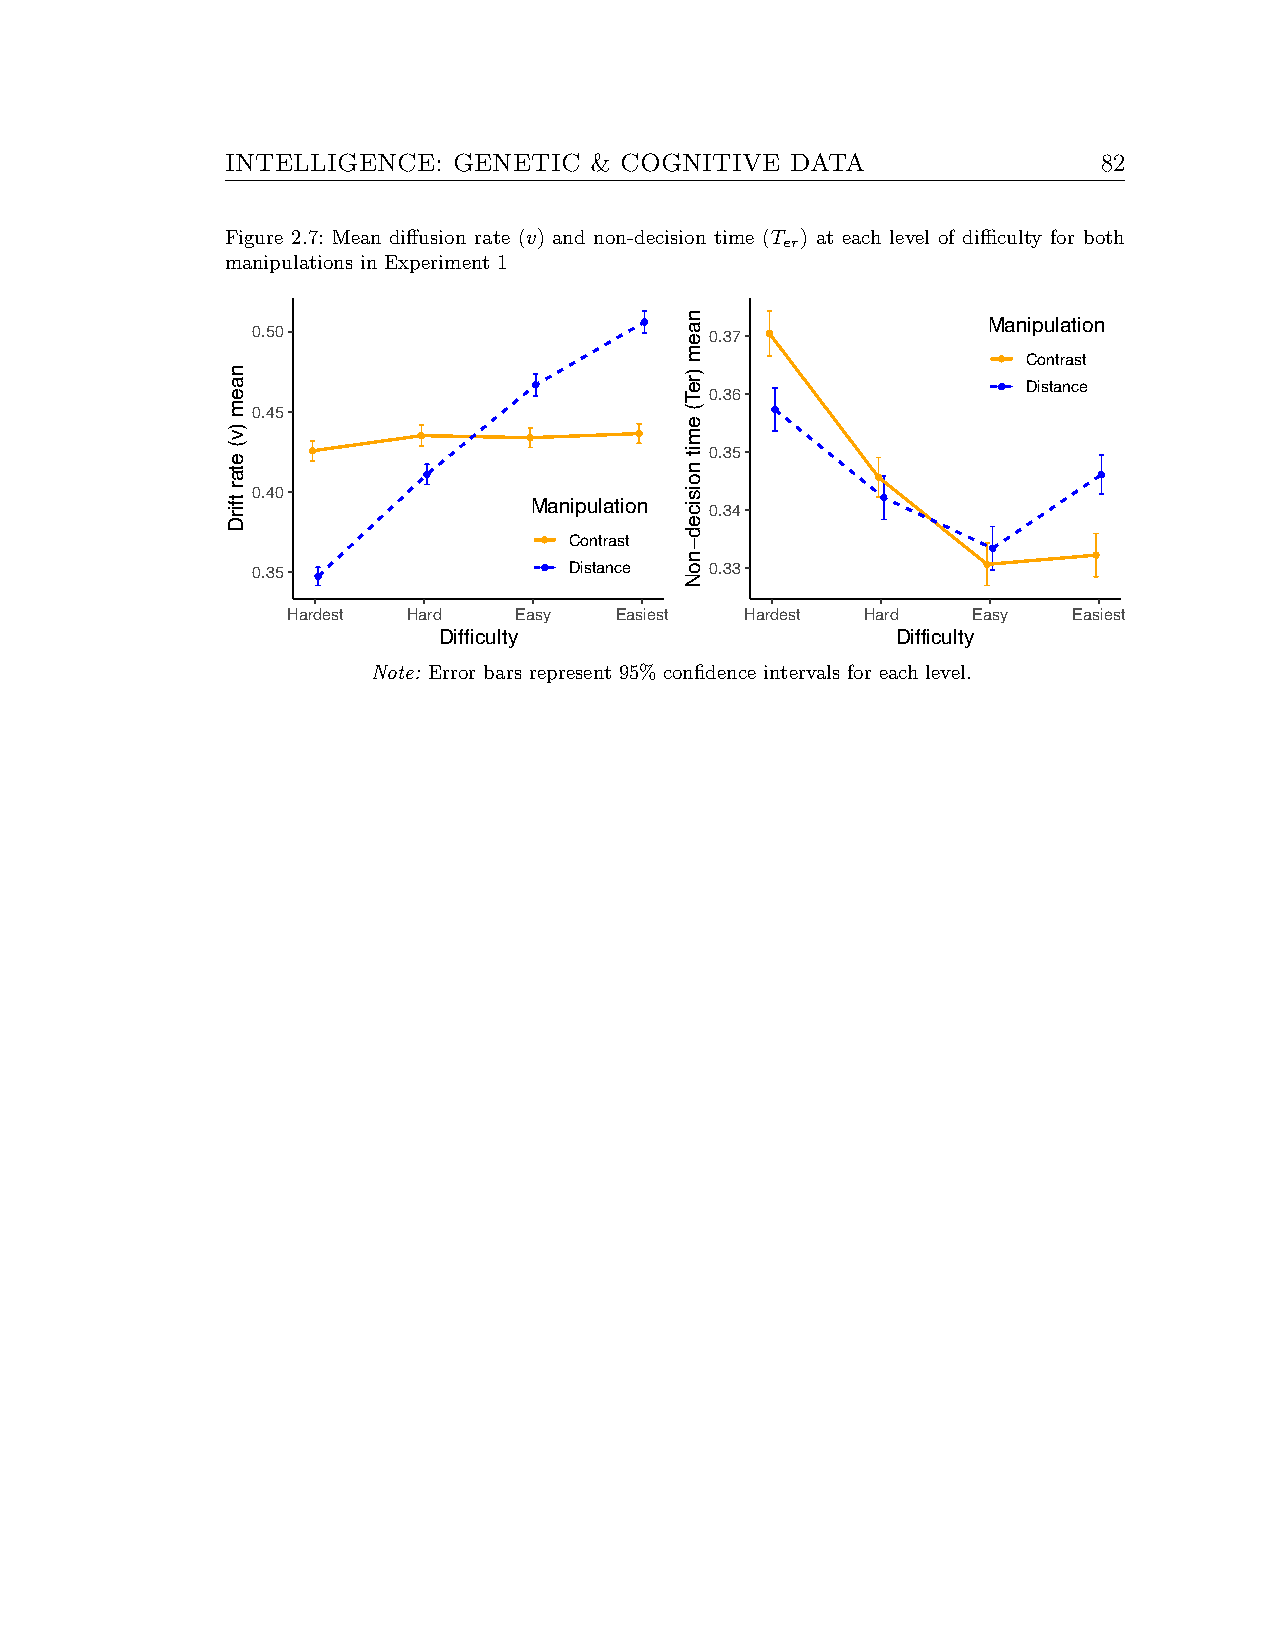
INTELLIGENCE:  GENETIC  & COGNITIVE  DATA                 82
 Figure 2.7: Mean diffusion rate (v) and non-decision time (T ) at each level of difficulty for both
 er
 manipulations in Experiment 1
 Manipulation
 0.50                          0.37
 Contrast
 Distance
 0.36
 0.45
 0.35
 0.40
 Manipulation 0.34
 Contrast
 0.35                 Distance 0.33
 Hardest Hard   Easy   Easiest Hardest Hard   Easy   Easiest
 Difficulty                    Difficulty
 Note: Error bars represent 95% confidence intervals for each level.
 naem
 )v(
 etar
 tfirD
 naem
 )reT(
 emit
 noisiced−noN